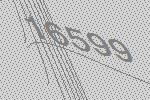
16599